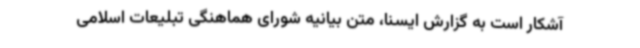
آشکار است به گزارش ایسنا، متن بیانیه شورای هماهنگی تبلیعات اسلامی